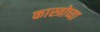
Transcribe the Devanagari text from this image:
कास्त्रोच्या